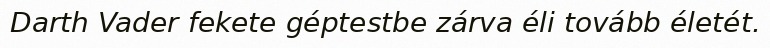
Darth Vader fekete géptestbe zárva éli tovább életét.